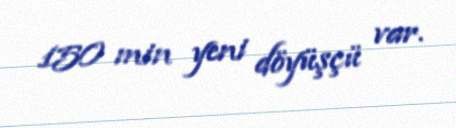
150 min yeni döyüşçü var.